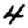
Digit: 4